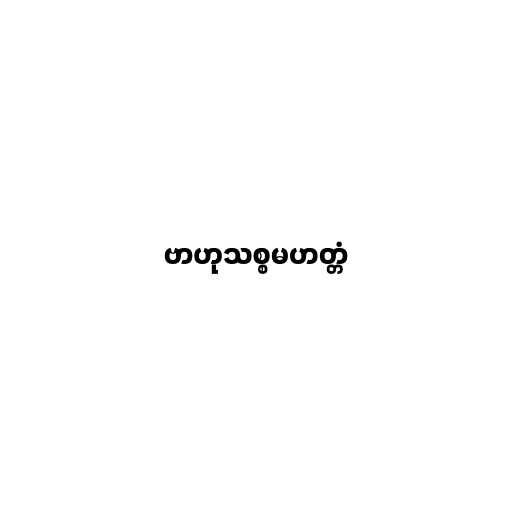
ဗာဟုသစ္စမဟတ္တံ